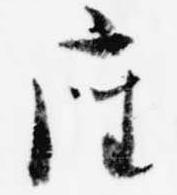
座